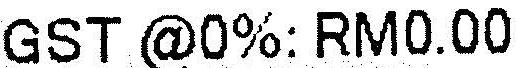
GST @0%: RM0.00